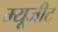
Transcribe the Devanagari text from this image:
म्यूजीट